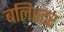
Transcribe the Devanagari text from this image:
बलिस्टर